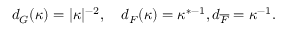
d _ { G } ( \kappa ) = \vert \kappa \vert ^ { - 2 } , \ \ \ d _ { F } ( \kappa ) = \kappa ^ { * - 1 } , d _ { \overline { { F } } } = \kappa ^ { - 1 } .